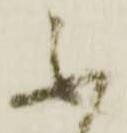
不